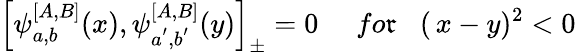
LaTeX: \left[\psi_{a,b}^{\left[A,B\right]}(x),\psi_{a^{^{\prime}},b^{^{\prime}}}^{\left[A,B\right]}(y)\right]_{\pm}=0\, \, \, \, \, \, \, \, fo\mathfrak{r}\, \, \, \, \, (\, x-y)^{2}<0